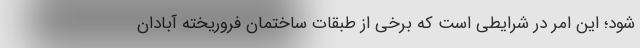
شود؛ این امر در شرایطی است که برخی از طبقات ساختمان فروریخته آبادان